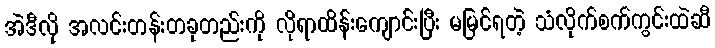
အဲဒီလို အလင်းတန်းတခုတည်းကို လိုရာထိန်းကျောင်းပြီး မမြင်ရတဲ့ သံလိုက်စက်ကွင်းထဲဆီ